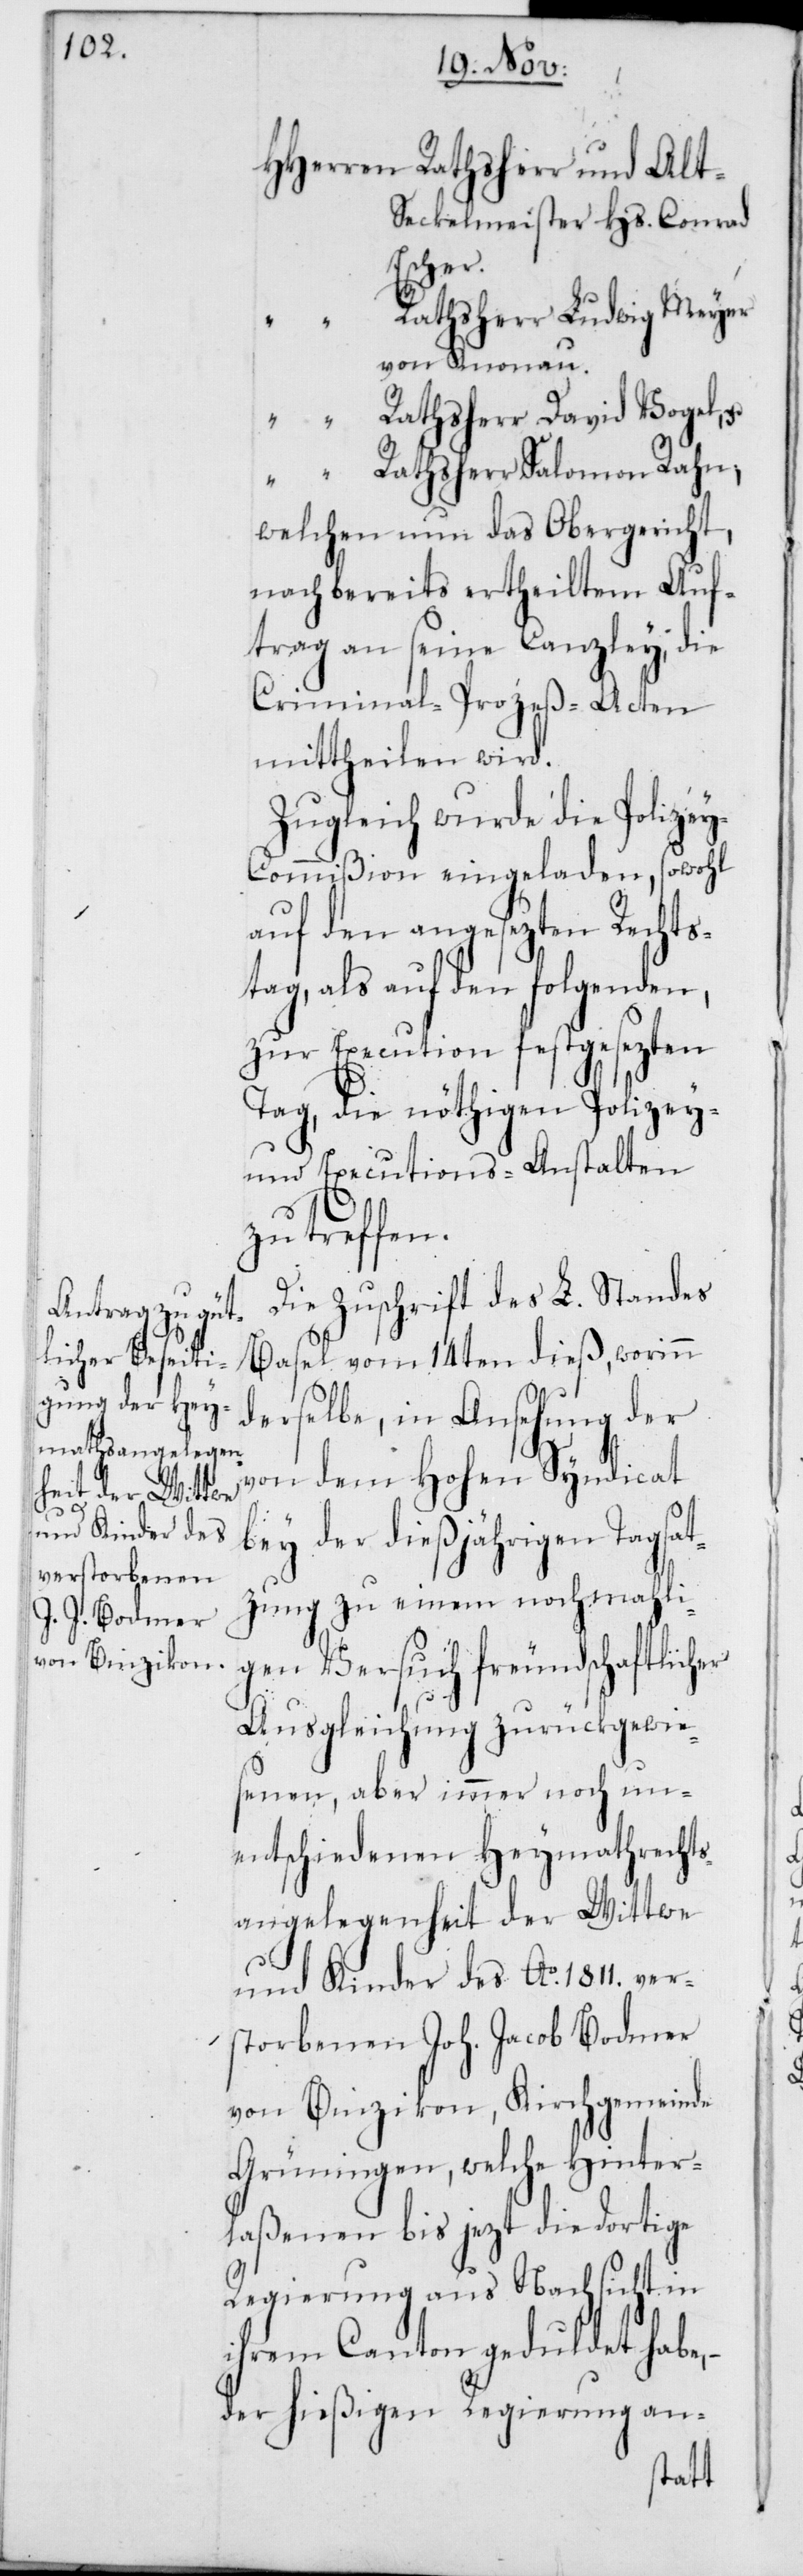
ckelmeister Hs. Conrad
sherr
Rathsherr Ludwig Meyer
von Knonau.
Rathsherr David Vogel,
welchen nun das Obergericht,
nach bereits ertheiltem Auf¬
trag an seine Canzley, die
Criminal-Prozeß-Acten
mittheilen wird.
Zugleich wurde die Polize¬
y-Commißion eingeladen, sowohl
auf den angesezten Rechts¬
tag, als auf den folgenden,
zur Execution festgesezten
Tag, die nöthigen Polizey-
und Executions-Anstalten
zu treffen.
Die Zuschrift des L. Standes
Basel vom 14ten dieß, worinn
derselbe, in Ansehung der
von dem Hohen Syndicat
bey der dießjährigen Tagsat¬
zung zu einem nochmahli¬
gen Versuch freundschaftlicher
Ausgleichung zurückgewie¬
senen, aber immer noch un¬
entschiedenen Heymathrechts¬
angelegenheit der Wittwe
und Kinder des Ao 1811. ver¬
storbenen Joh. Jacob Bodmer
von Binzikon, Kirchgemeinde
Grüningen, welche Hinter¬
laßenen bis jezt die dortige
Regierung aus Nachsicht in
ihrem Canton geduldet habe,
der hießigen Regierung an-
Rath¬